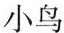
小鸟